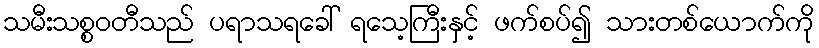
သမီးသစ္စဝတီသည် ပရာသရခေါ် ရသေ့ကြီးနှင့် ဖက်စပ်၍ သားတစ်ယောက်ကို